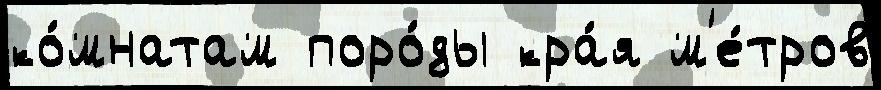
ко́мнатам поро́ды кра́я м'е́тров